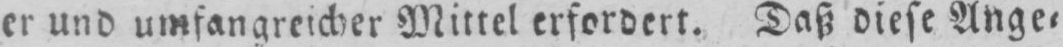
er und umfangreicher Mittel erfordert. Daß diese Ange⸗